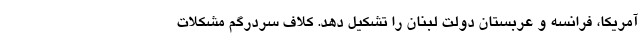
آمریکا، فرانسه و عربستان دولت لبنان را تشکیل دهد. کلاف سردرگم مشکلات